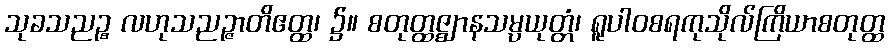
သုခသညဉ္စ လဟုသညဉ္ဇာတိဧတ္ထ၊ ၌။ စတုတ္ထဇ္ဈာနသမ္ပယုတ္တံ၊ ရူပါဝစရကုသိုလ်ကြိယာစတုတ္ထ